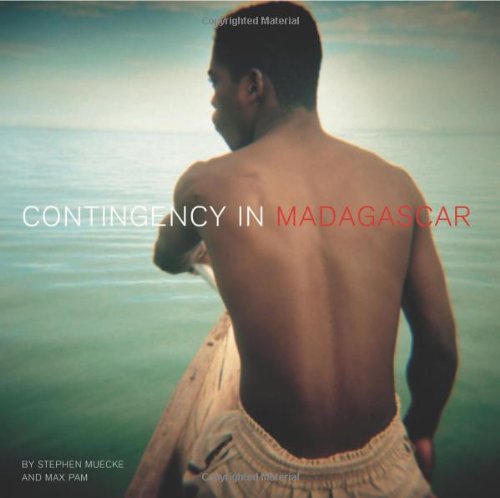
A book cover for Contingency in Madagascar (Intellect Books - Critical Photography); Stephen Muecke; Travel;